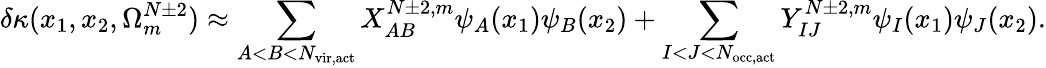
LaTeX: \delta\kappa(x_{1},x_{2},\Omega_{m}^{N\pm 2})\approx\sum_{A<B<N_{\mathrm{vir,act}}}X_{AB}^{N\pm 2,m}\psi_{A}(x_{1})\psi_{B}(x_{2})+\sum_{I<J<N_{\mathrm{occ,act}}}Y_{IJ}^{N\pm 2,m}\psi_{I}(x_{1})\psi_{J}(x_{2}).